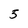
Character: 5